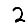
Digit: 2